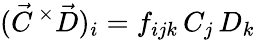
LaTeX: (\vec{C}\, ^{\times}\vec{D})_{i}=f_{ijk}\, C_{j}\, D_{k}